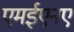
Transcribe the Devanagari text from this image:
एमईएनए